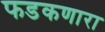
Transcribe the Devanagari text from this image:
फडकणारा